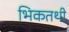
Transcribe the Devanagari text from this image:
भिकतथी